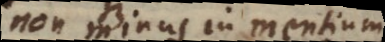
non minus in mentium